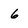
Character: 6